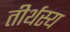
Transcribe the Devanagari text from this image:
तीर्थस्य